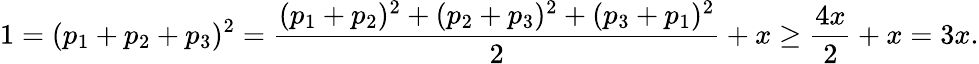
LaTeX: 1=(p_{1}+p_{2}+p_{3})^{2}=\frac{(p_{1}+p_{2})^{2}+(p_{2}+p_{3})^{2}+(p_{3}+p_{1})^{2}}{2}+x\geq\frac{4x}{2}+x=3x.